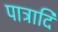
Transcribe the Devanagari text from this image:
पात्रादि